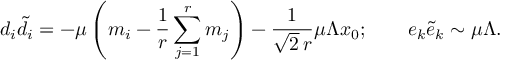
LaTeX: d _ { i } { \tilde { d } _ { i } } = - \mu \left( m _ { i } - \frac { 1 } { r } \sum _ { j = 1 } ^ { r } m _ { j } \right) - \frac { 1 } { \sqrt { 2 } \, r } \mu \Lambda x _ { 0 } ; \qquad e _ { k } { \tilde { e } } _ { k } \sim \mu \Lambda .